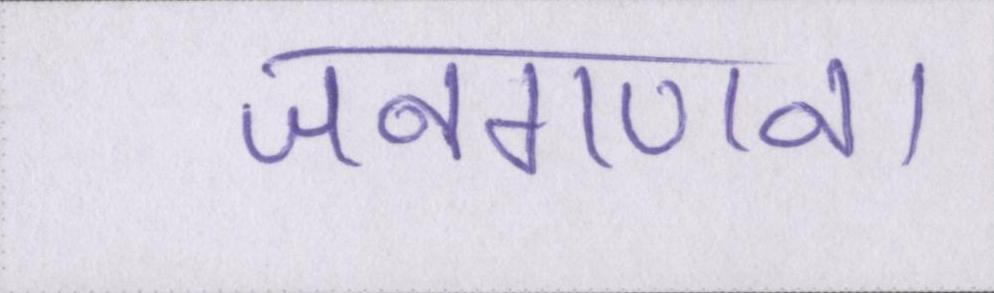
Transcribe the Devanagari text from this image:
जनगणना